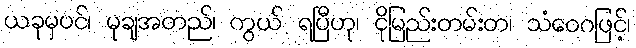
ယခုမှပင်၊ မုချအတည်၊ ကွယ် ရပြီဟု၊ ငိုမြည်းတမ်းတ၊ သံဝေဂဖြင့်၊